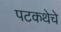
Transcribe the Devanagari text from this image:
पटकथेचे